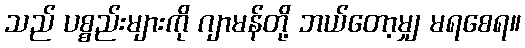
သည် ပစ္စည်းများကို ဂျာမန်တို့ ဘယ်တော့မျှ မရစေရ။